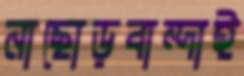
নাছোড়বান্দাই